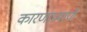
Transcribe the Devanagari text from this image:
कारणाप्रमाणे